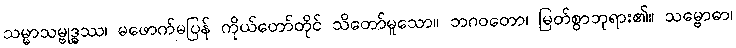
သမ္မာသမ္ဗုဒ္ဓဿ၊ မဖောက်မပြန် ကိုယ်တော်တိုင် သိတော်မူသော။ ဘဂဝတော၊ မြတ်စွာဘုရား၏။ သမ္ဗောဓာ၊